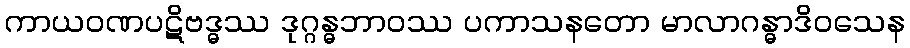
ကာယဝဏပဋိဗဒ္ဓဿ ဒုဂ္ဂန္ဓဘာဝဿ ပကာသနတော မာလာဂန္ဓာဒိဝသေန